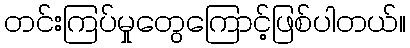
တင်းကြပ်မှုတွေကြောင့်ဖြစ်ပါတယ်။